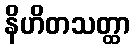
နိဟိတသတ္ထာ